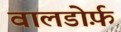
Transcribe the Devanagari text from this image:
वालडोर्फ़